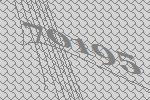
70195